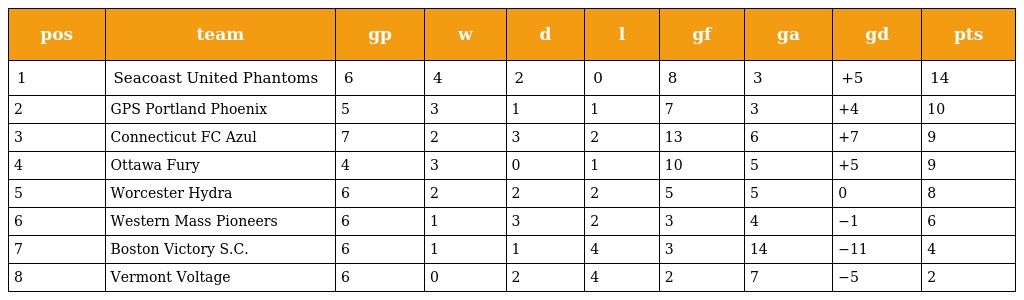
| pos | team | gp | w | d | l | gf | ga | gd | pts |
 | --- | --- | --- | --- | --- | --- | --- | --- | --- | --- |
 | 1 | Seacoast United Phantoms | 6 | 4 | 2 | 0 | 8 | 3 | +5 | 14 |
 | 2 | GPS Portland Phoenix | 5 | 3 | 1 | 1 | 7 | 3 | +4 | 10 |
 | 3 | Connecticut FC Azul | 7 | 2 | 3 | 2 | 13 | 6 | +7 | 9 |
 | 4 | Ottawa Fury | 4 | 3 | 0 | 1 | 10 | 5 | +5 | 9 |
 | 5 | Worcester Hydra | 6 | 2 | 2 | 2 | 5 | 5 | 0 | 8 |
 | 6 | Western Mass Pioneers | 6 | 1 | 3 | 2 | 3 | 4 | −1 | 6 |
 | 7 | Boston Victory S.C. | 6 | 1 | 1 | 4 | 3 | 14 | −11 | 4 |
 | 8 | Vermont Voltage | 6 | 0 | 2 | 4 | 2 | 7 | −5 | 2 |